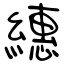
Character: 繐